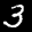
Label: 3